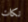
نكات